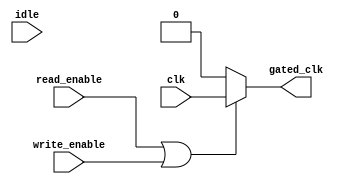
module clock_gating_control (
    input wire clk,               // Main clock input
    input wire read_enable,       // Control signal for read operation
    input wire write_enable,      // Control signal for write operation
    input wire idle,              // Control signal indicating idle state
    output wire gated_clk         // Gated clock output
);

    // Clock gating logic
    wire enable;
    
    // Enable signal generation: active when reading or writing
    assign enable = read_enable | write_enable;

    // Clock gating cell
    assign gated_clk = enable ? clk : 1'b0; // Gated clock output

endmodule